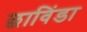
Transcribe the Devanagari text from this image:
छाविंडा